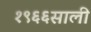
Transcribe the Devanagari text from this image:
१९६६साली